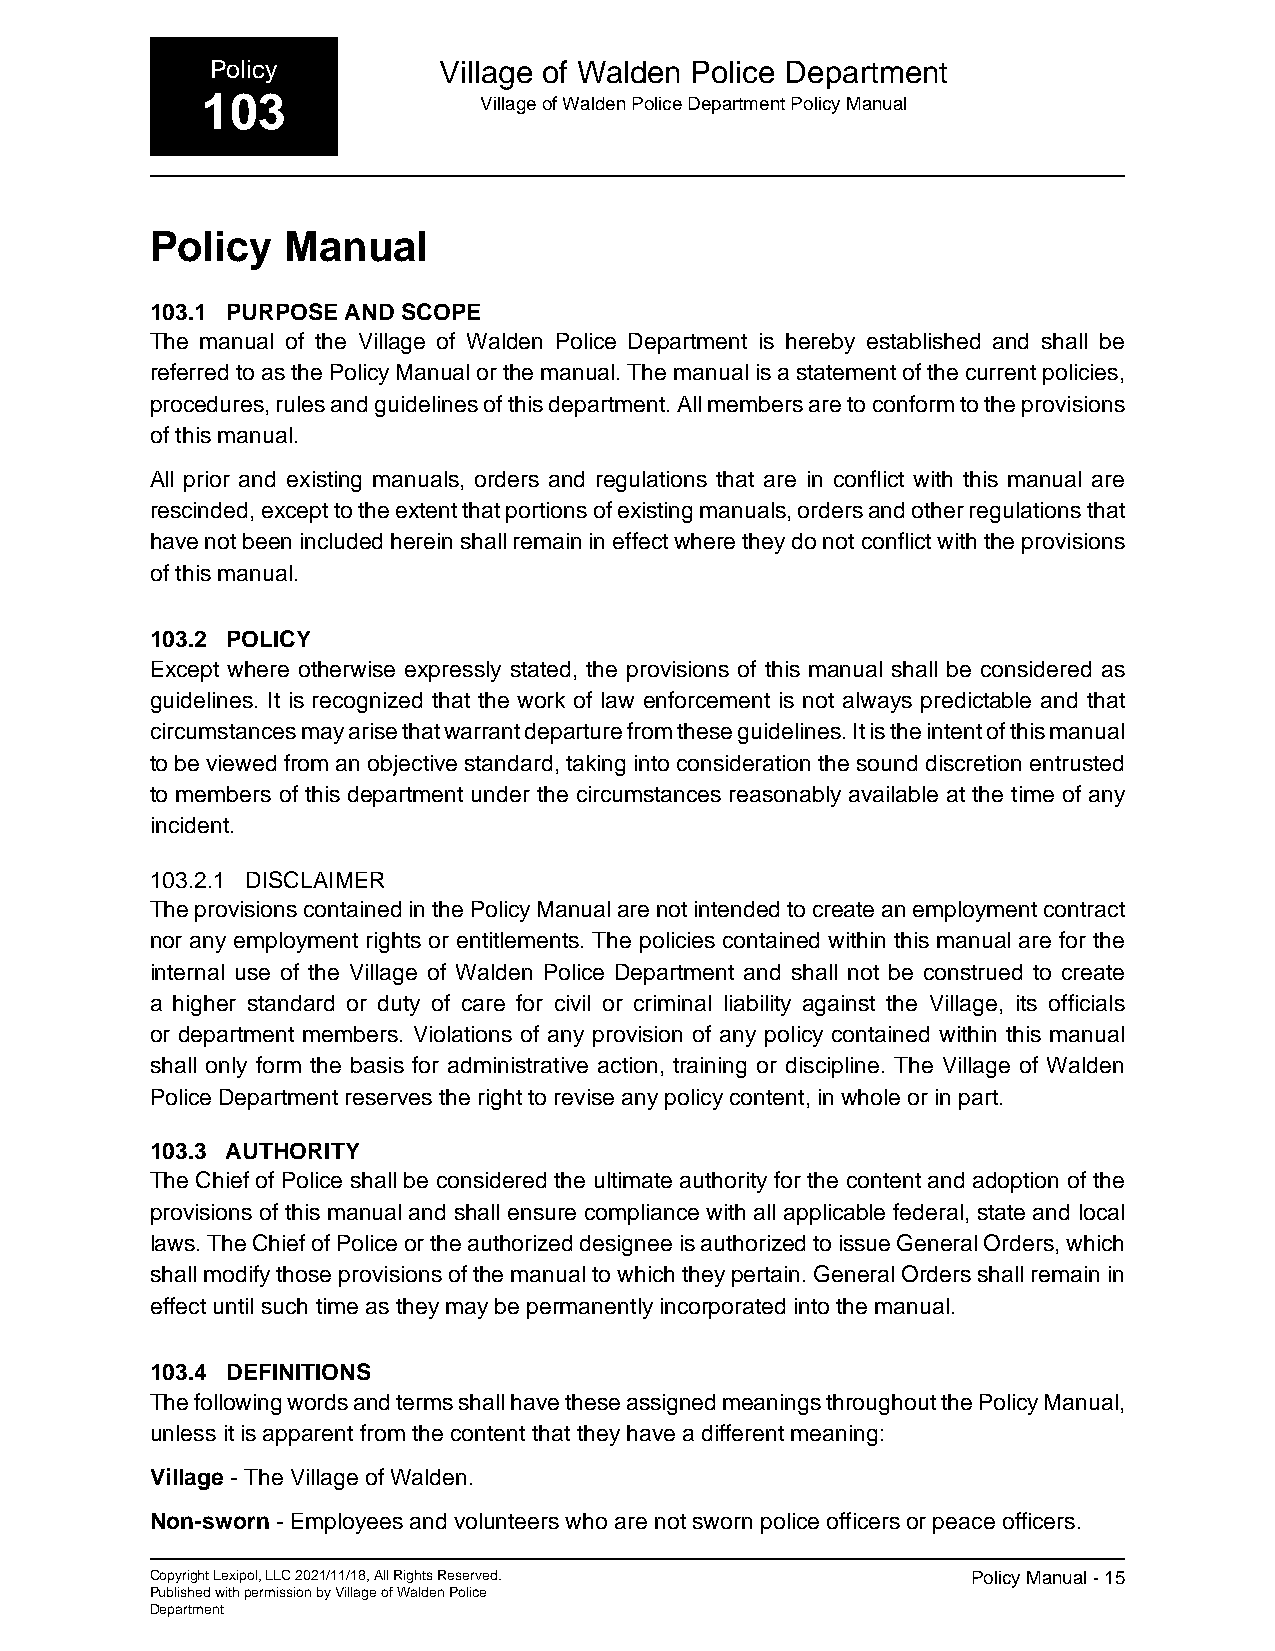
Policy         Village of Walden Police Department
 103                Village of Walden Police Department Policy Manual
 Policy   Manual
 103.1 PURPOSE AND SCOPE
 The manual of the Village of Walden Police Department is hereby established and shall be
 referred to as the Policy Manual or the manual. The manual is a statement of the current policies,
 procedures, rules and guidelines of this department. All members are to conform to the provisions
 of this manual.
 All prior and existing manuals, orders and regulations that are in conflict with this manual are
 rescinded, except to the extent that portions of existing manuals, orders and other regulations that
 have not been included herein shall remain in effect where they do not conflict with the provisions
 of this manual.
 103.2 POLICY
 Except where otherwise expressly stated, the provisions of this manual shall be considered as
 guidelines. It is recognized that the work of law enforcement is not always predictable and that
 circumstances may arise that warrant departure from these guidelines. It is the intent of this manual
 to be viewed from an objective standard, taking into consideration the sound discretion entrusted
 to members of this department under the circumstances reasonably available at the time of any
 incident.
 103.2.1 DISCLAIMER
 The provisions contained in the Policy Manual are not intended to create an employment contract
 nor any employment rights or entitlements. The policies contained within this manual are for the
 internal use of the Village of Walden Police Department and shall not be construed to create
 a higher standard or duty of care for civil or criminal liability against the Village, its officials
 or department members. Violations of any provision of any policy contained within this manual
 shall only form the basis for administrative action, training or discipline. The Village of Walden
 Police Department reserves the right to revise any policy content, in whole or in part.
 103.3 AUTHORITY
 The Chief of Police shall be considered the ultimate authority for the content and adoption of the
 provisions of this manual and shall ensure compliance with all applicable federal, state and local
 laws. The Chief of Police or the authorized designee is authorized to issue General Orders, which
 shall modify those provisions of the manual to which they pertain. General Orders shall remain in
 effect until such time as they may be permanently incorporated into the manual.
 103.4 DEFINITIONS
 The following words and terms shall have these assigned meanings throughout the Policy Manual,
 unless it is apparent from the content that they have a different meaning:
 Village - The Village of Walden.
 Non-sworn - Employees and volunteers who are not sworn police officers or peace officers.
 Copyright Lexipol, LLC 2021/11/18, All Rights Reserved. Policy Manual - 15
 Published with permission by Village of Walden Police
 Department